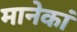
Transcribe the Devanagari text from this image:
मानेकां